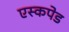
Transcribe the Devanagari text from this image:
एस्कपेड